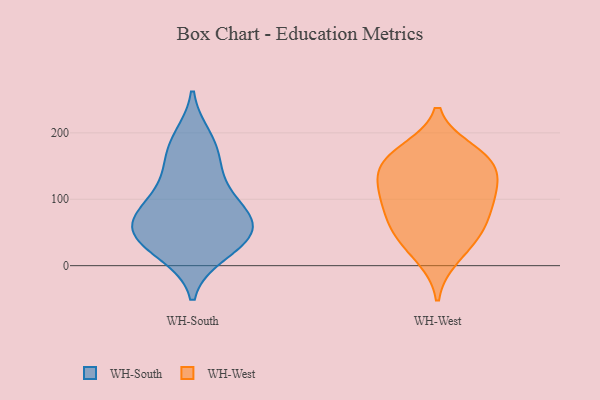
{"axis": {"x": "Market Share (%)", "y": "Value"}, "legend": ["WH-South", "WH-West"], "data": [{"x": "", "y": 55, "type": "WH-South"}, {"x": "", "y": 19, "type": "WH-South"}, {"x": "", "y": 38, "type": "WH-South"}, {"x": "", "y": 84, "type": "WH-South"}, {"x": "", "y": 47, "type": "WH-South"}, {"x": "", "y": 180, "type": "WH-South"}, {"x": "", "y": 128, "type": "WH-South"}, {"x": "", "y": 108, "type": "WH-South"}, {"x": "", "y": 192, "type": "WH-South"}, {"x": "", "y": 64, "type": "WH-South"}, {"x": "", "y": 155, "type": "WH-South"}, {"x": "", "y": 70, "type": "WH-South"}, {"x": "", "y": 71, "type": "WH-South"}, {"x": "", "y": 25, "type": "WH-South"}, {"x": "", "y": 90, "type": "WH-West"}, {"x": "", "y": 48, "type": "WH-West"}, {"x": "", "y": 160, "type": "WH-West"}, {"x": "", "y": 110, "type": "WH-West"}, {"x": "", "y": 68, "type": "WH-West"}, {"x": "", "y": 105, "type": "WH-West"}, {"x": "", "y": 171, "type": "WH-West"}, {"x": "", "y": 154, "type": "WH-West"}, {"x": "", "y": 154, "type": "WH-West"}, {"x": "", "y": 47, "type": "WH-West"}, {"x": "", "y": 126, "type": "WH-West"}, {"x": "", "y": 14, "type": "WH-West"}]}